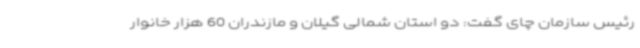
رئیس سازمان چای گفت: دو استان شمالی گیلان و مازندران 60 هزار خانوار